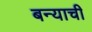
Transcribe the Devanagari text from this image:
बन्याची